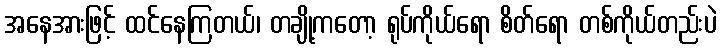
အနေအားဖြင့် ထင်နေကြတယ်၊ တချို့ကတော့ ရုပ်ကိုယ်ရော စိတ်ရော တစ်ကိုယ်တည်းပဲ